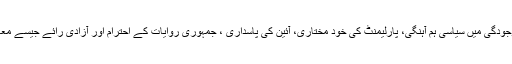
امورحکومت پر حاوی ایسے عناصر کی موجودگی میں سیاسی ہم آہنگی، پارلیمنٹ کی خود مختاری، آئین کی پاسداری ، جمہوری روایات کے احترام اور آزادی رائے جیسے معاملات پر کسی پیش رفت کی توقع عبث ہے۔